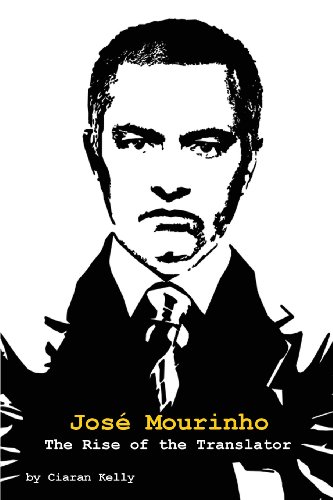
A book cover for Jose Mourinho: The Rise of the Translator; Ciaran Kelly; Biographies & Memoirs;